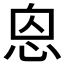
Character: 𢙥